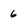
Character: 6